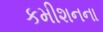
કમીશનના